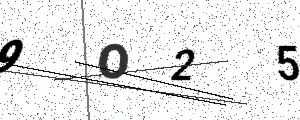
Text: 9O25